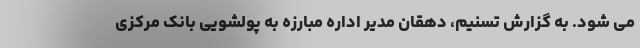
می شود. به گزارش تسنیم، دهقان مدیر اداره مبارزه به پولشویی بانک مرکزی